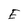
Character: E